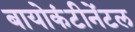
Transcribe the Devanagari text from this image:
बायोकंटीनेंटल